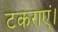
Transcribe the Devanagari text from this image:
टकराएं।